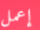
إعمل